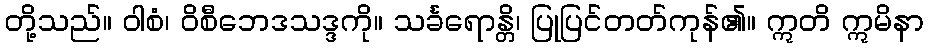
တို့သည်။ ဝါစံ၊ ဝိစီဘေဒသဒ္ဒကို။ သင်္ခရောန္တိ၊ ပြုပြင်တတ်ကုန်၏။ ဣတိ ဣမိနာ